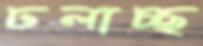
ঢলাচ্ছ